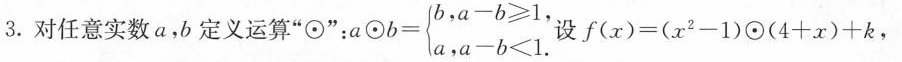
3. 对任意实数 a，b 定义运算”\odot”： $$a \odot b = \begin { cases }